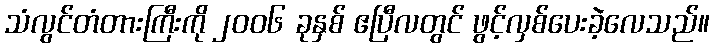
သံလွင်တံတားကြီးကို ၂၀၀၆ ခုနှစ် ဧပြီလတွင် ဖွင့်လှစ်ပေးခဲ့လေသည်။